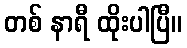
တစ် နာရီ ထိုးပါပြီ။